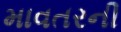
માવતરની